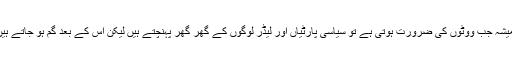
ہمیشہ جب ووٹوں کی ضرورت ہوتی ہے تو سیاسی پارٹیاں اور لیڈر لوگوں کے گھر گھر پہنچتے ہیں لیکن اس کے بعد گم ہو جاتے ہیں۔